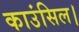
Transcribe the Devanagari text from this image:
काउंसिल।